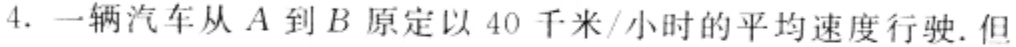
4. 一辆汽车从\(A\)到\(B\)原定以\(40\)千米/小时的平均速度行驶. 但